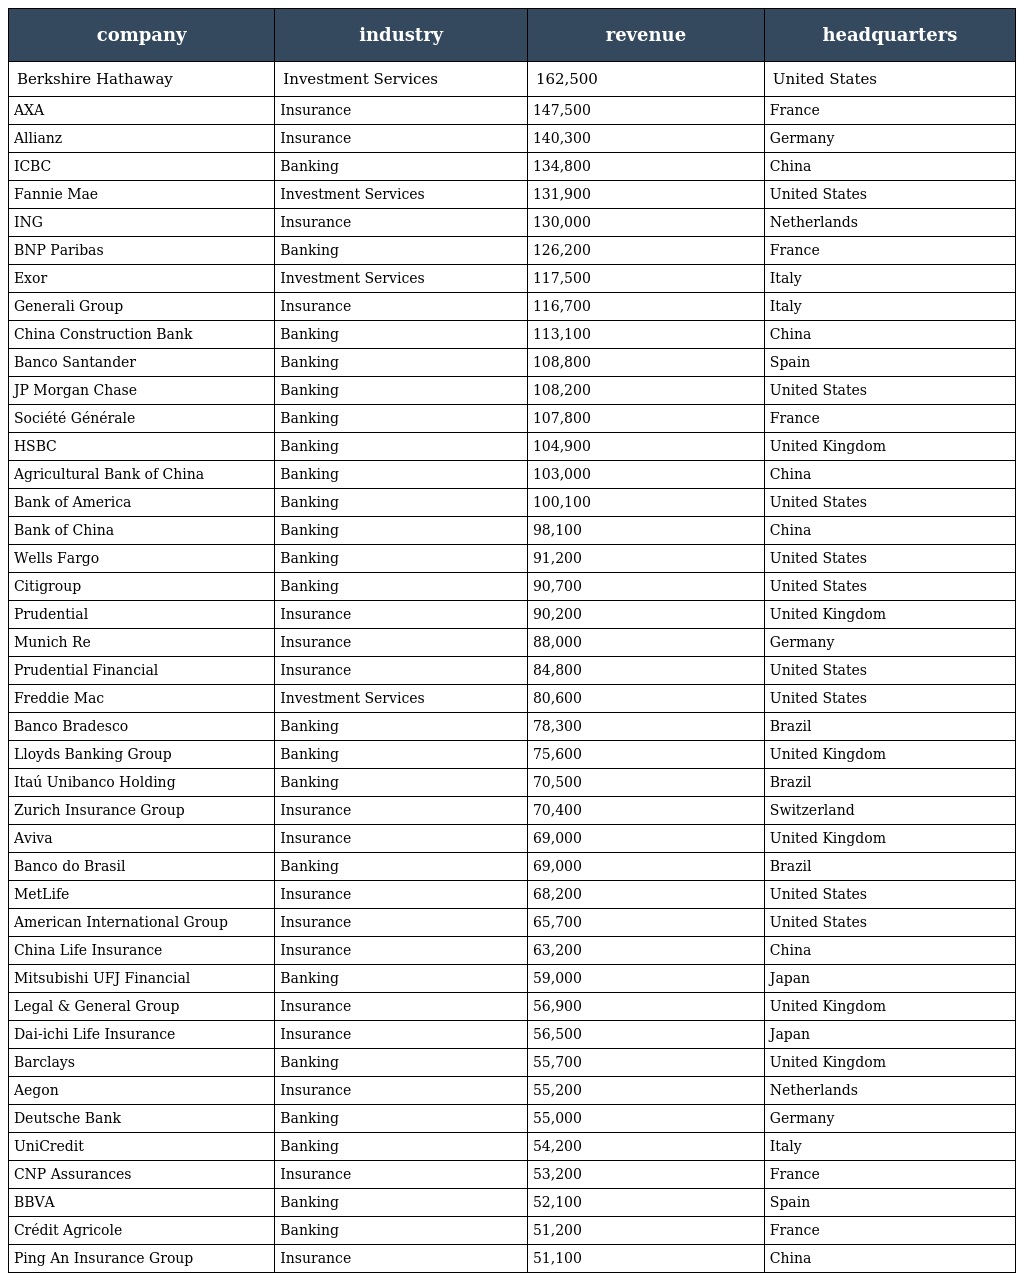
| company | industry | revenue | headquarters |
 | --- | --- | --- | --- |
 | Berkshire Hathaway | Investment Services | 162,500 | United States |
 | AXA | Insurance | 147,500 | France |
 | Allianz | Insurance | 140,300 | Germany |
 | ICBC | Banking | 134,800 | China |
 | Fannie Mae | Investment Services | 131,900 | United States |
 | ING | Insurance | 130,000 | Netherlands |
 | BNP Paribas | Banking | 126,200 | France |
 | Exor | Investment Services | 117,500 | Italy |
 | Generali Group | Insurance | 116,700 | Italy |
 | China Construction Bank | Banking | 113,100 | China |
 | Banco Santander | Banking | 108,800 | Spain |
 | JP Morgan Chase | Banking | 108,200 | United States |
 | Société Générale | Banking | 107,800 | France |
 | HSBC | Banking | 104,900 | United Kingdom |
 | Agricultural Bank of China | Banking | 103,000 | China |
 | Bank of America | Banking | 100,100 | United States |
 | Bank of China | Banking | 98,100 | China |
 | Wells Fargo | Banking | 91,200 | United States |
 | Citigroup | Banking | 90,700 | United States |
 | Prudential | Insurance | 90,200 | United Kingdom |
 | Munich Re | Insurance | 88,000 | Germany |
 | Prudential Financial | Insurance | 84,800 | United States |
 | Freddie Mac | Investment Services | 80,600 | United States |
 | Banco Bradesco | Banking | 78,300 | Brazil |
 | Lloyds Banking Group | Banking | 75,600 | United Kingdom |
 | Itaú Unibanco Holding | Banking | 70,500 | Brazil |
 | Zurich Insurance Group | Insurance | 70,400 | Switzerland |
 | Aviva | Insurance | 69,000 | United Kingdom |
 | Banco do Brasil | Banking | 69,000 | Brazil |
 | MetLife | Insurance | 68,200 | United States |
 | American International Group | Insurance | 65,700 | United States |
 | China Life Insurance | Insurance | 63,200 | China |
 | Mitsubishi UFJ Financial | Banking | 59,000 | Japan |
 | Legal & General Group | Insurance | 56,900 | United Kingdom |
 | Dai-ichi Life Insurance | Insurance | 56,500 | Japan |
 | Barclays | Banking | 55,700 | United Kingdom |
 | Aegon | Insurance | 55,200 | Netherlands |
 | Deutsche Bank | Banking | 55,000 | Germany |
 | UniCredit | Banking | 54,200 | Italy |
 | CNP Assurances | Insurance | 53,200 | France |
 | BBVA | Banking | 52,100 | Spain |
 | Crédit Agricole | Banking | 51,200 | France |
 | Ping An Insurance Group | Insurance | 51,100 | China |